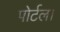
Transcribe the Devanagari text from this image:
पोर्टल।